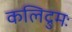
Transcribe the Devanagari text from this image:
कलिद्रुमः